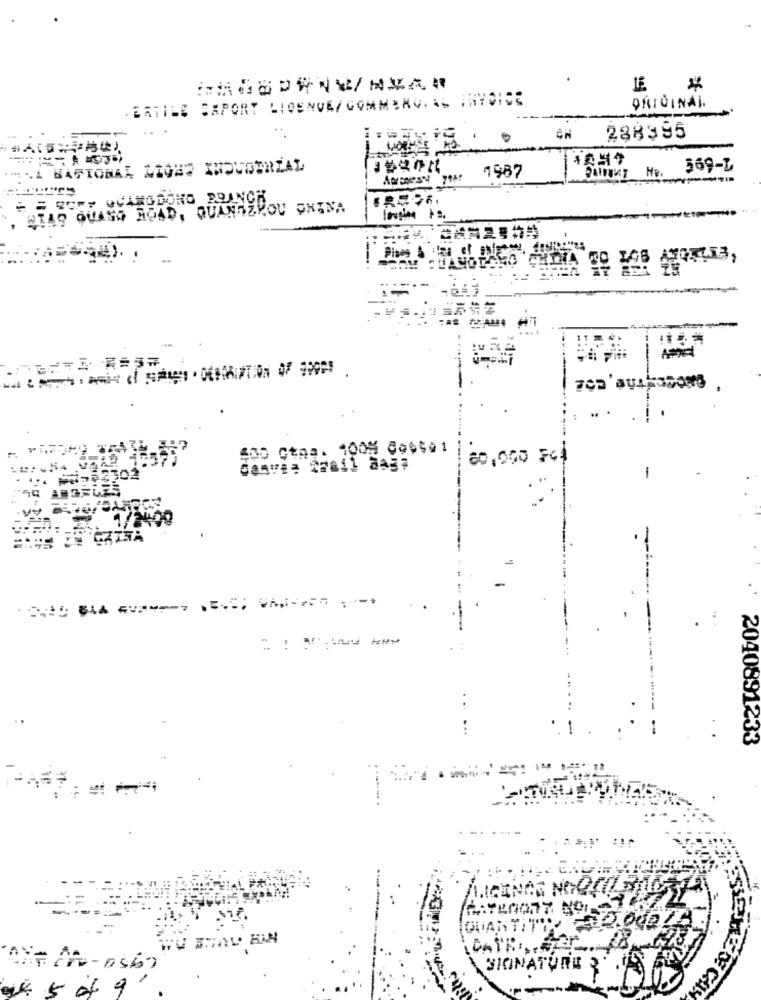
. ERTILE SAPORT LIGENVE/ COMMERC. AS ANYCHSE
ORIGINAL.
. .
288395
:HA BARIONAA LIONS XHOUDERZAL
7987
PAIFINT No.
569-4
= = ROPY QUAMODONO BRANCH
. SIAS QUASS ROAD, QUANDZKOU CHINA
400 Ctas. 100% do0501
80,000 Fc
....
-
. ..
1
-
2040891233
-
SIGNATURE 3 .